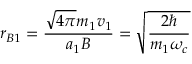
r _ { B 1 } = { \frac { { \sqrt { 4 \pi } } m _ { 1 } v _ { 1 } } { a _ { 1 } B } } = { \sqrt { \frac { 2 \hbar } { m _ { 1 } \omega _ { c } } } }